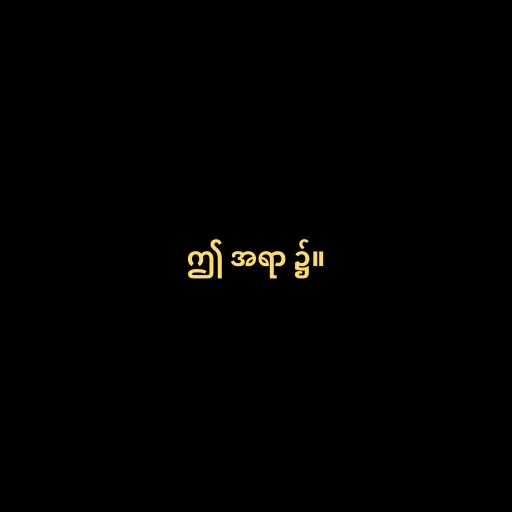
ဤ အရာ ၌။